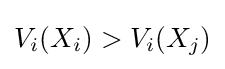
V_{i}(X_{i})>V_{i}(X_{j})